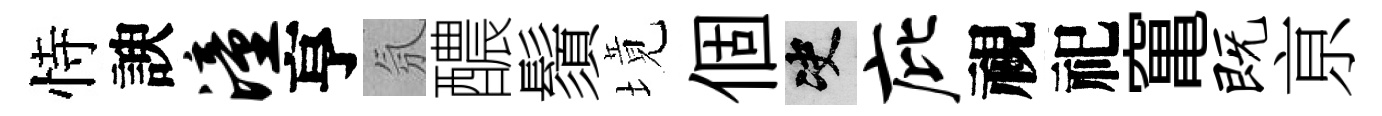
恃諛潼亨氛醲鬚境個决庇視祀𥧄既亰